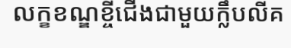
លក្ខខណ្ឌខ្ចីជើងជាមួយក្លឹបលីគ